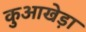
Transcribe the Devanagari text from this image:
कुआखेड़ा